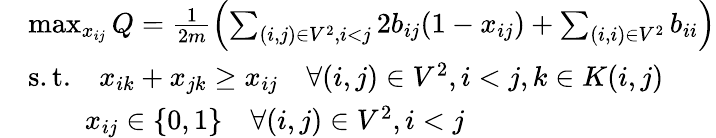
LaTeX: \begin{array}{rl}&{\operatorname*{max}_{x_{ij}}Q=\frac{1}{2m}\left(\sum_{(i,j)\in V^{2},i<j}2b_{ij}(1-x_{ij})+\sum_{(i,i)\in V^{2}}b_{ii}\right)}\\ &{\mathrm{s.t.}\quad x_{ik}+x_{jk}\geq x_{ij}\quad\forall(i,j)\in V^{2},i<j,k\in K(i,j)}\\ &{\quad\quad x_{ij}\in\{ 0,1\} \quad\forall(i,j)\in V^{2},i<j}\end{array}